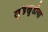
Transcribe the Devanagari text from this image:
खुडखुडीया